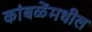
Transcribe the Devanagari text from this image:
कांबळेंमधील